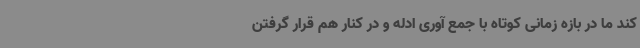
کند ما در بازه زمانی کوتاه با جمع آوری ادله و در کنار هم قرار گرفتن